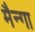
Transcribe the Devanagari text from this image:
मैन्गा